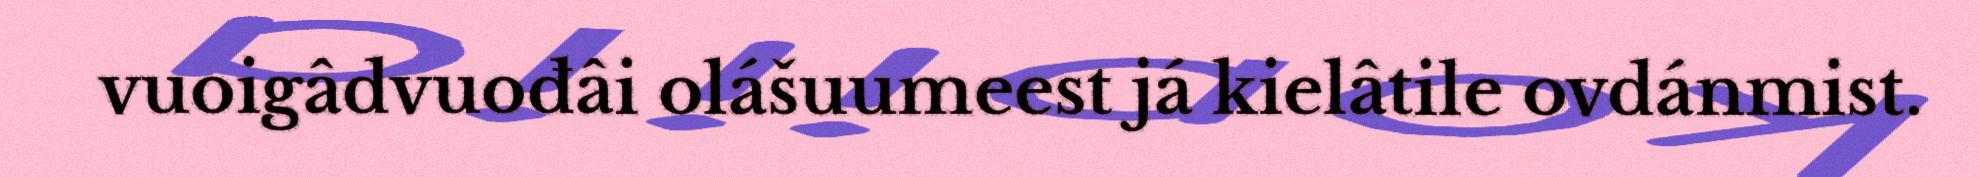
vuoigâdvuođâi olášuumeest já kielâtile ovdánmist.